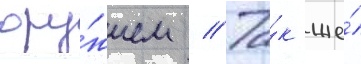
ору́жием // Та́к же́